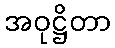
အဝုဋ္ဌိတာ